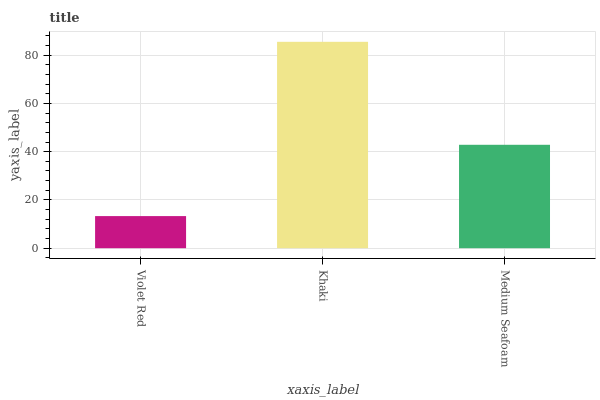
| xaxis_label | bars |
 | --- | --- |
 | Violet Red | 13.3 |
 | Khaki | 85.5 |
 | Medium Seafoam | 42.9 |